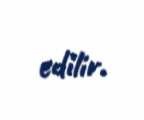
edilir.